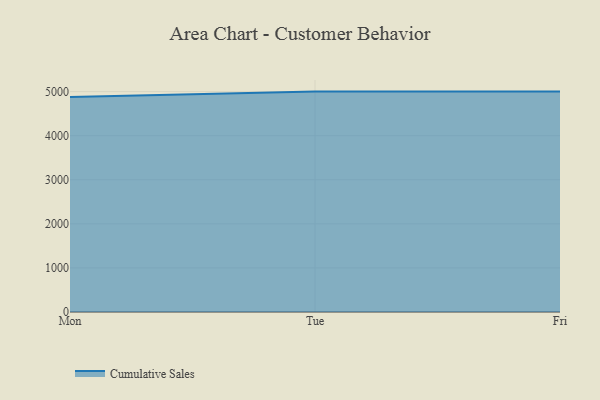
{"axis": {"x": "Day", "y": "Website Visitors"}, "legend": ["Cumulative Sales"], "data": [{"x": "Mon", "y": 4879.4, "type": "Cumulative Sales"}, {"x": "Tue", "y": 5000, "type": "Cumulative Sales"}, {"x": "Fri", "y": 5000, "type": "Cumulative Sales"}]}